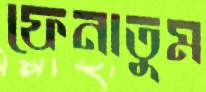
ফেনাতুম